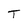
Character: T